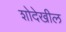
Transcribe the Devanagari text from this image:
शोदेखील